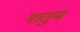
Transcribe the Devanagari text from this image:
गातुम